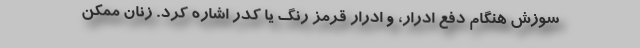
سوزش هنگام دفع ادرار، و ادرار قرمز رنگ یا کدر اشاره کرد. زنان ممکن